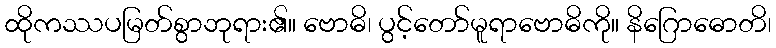
ထိုကဿပမြတ်စွာဘုရား၏။ ဗောဓိ၊ ပွင့်တော်မူရာဗောဓိကို။ နိဂြောဓောတိ၊